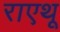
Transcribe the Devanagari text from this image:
राएथू